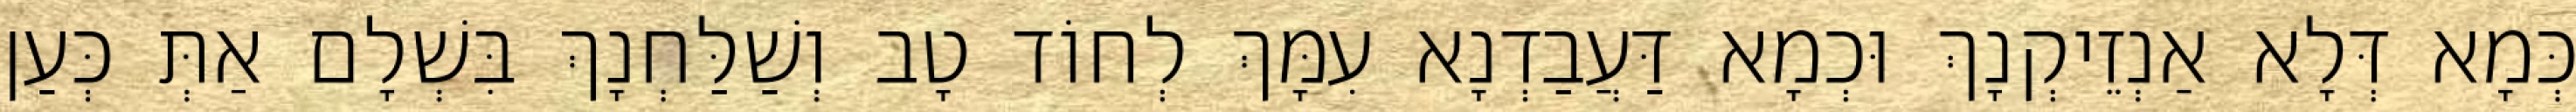
כְּמָא דְּלָא אַנְזֵיקְנָךְ וּכְמָא דַּעֲבַדְנָא עִמָּךְ לְחוֹד טָב וְשַׁלַּחְנָךְ בִּשְׁלָם אַתְּ כְּעַן